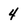
Character: 4